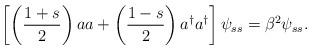
LaTeX: \begin{align*}\left[\left(\frac{1+s}{2}\right) aa+\left(\frac{1-s}{2}\right) a^{\dagger} a^{\dagger} \right]\psi_{ss}=\beta^2 \psi_{ss} . \end{align*}